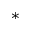
^ \ast